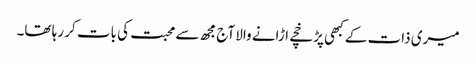
میری ذات کے کبھی پڑخچے اڑانے والا آج مجھ سے محبت کی بات کر رہا تھا۔